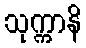
သုက္ကာနိ